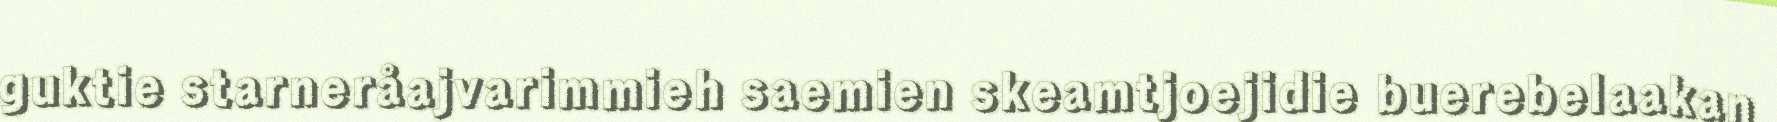
guktie starneråajvarimmieh saemien skeamtjoejidie buerebelaakan